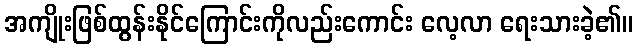
အကျိုးဖြစ်ထွန်းနိုင်ကြောင်းကိုလည်းကောင်း လေ့လာ ရေးသားခဲ့၏။